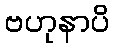
ဗဟုနာပိ